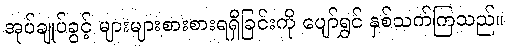
အုပ်ချုပ်ခွင့် များများစားစားရရှိခြင်းကို ပျော်ရွှင် နှစ်သက်ကြသည်။